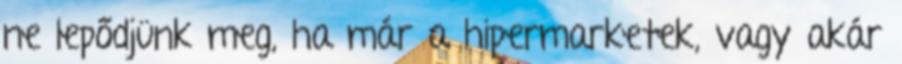
ne lepődjünk meg, ha már a hipermarketek, vagy akár